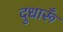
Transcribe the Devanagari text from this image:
दुधारूँ